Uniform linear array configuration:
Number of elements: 64
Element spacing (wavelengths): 0.5
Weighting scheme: kaiser
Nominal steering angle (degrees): -60
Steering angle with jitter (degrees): -58.597
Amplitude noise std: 0.05
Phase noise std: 0.05

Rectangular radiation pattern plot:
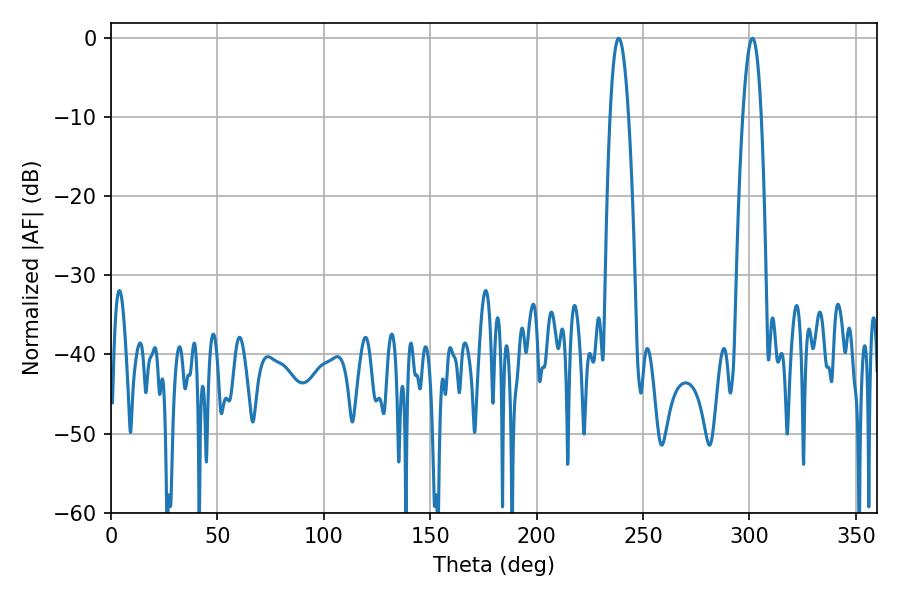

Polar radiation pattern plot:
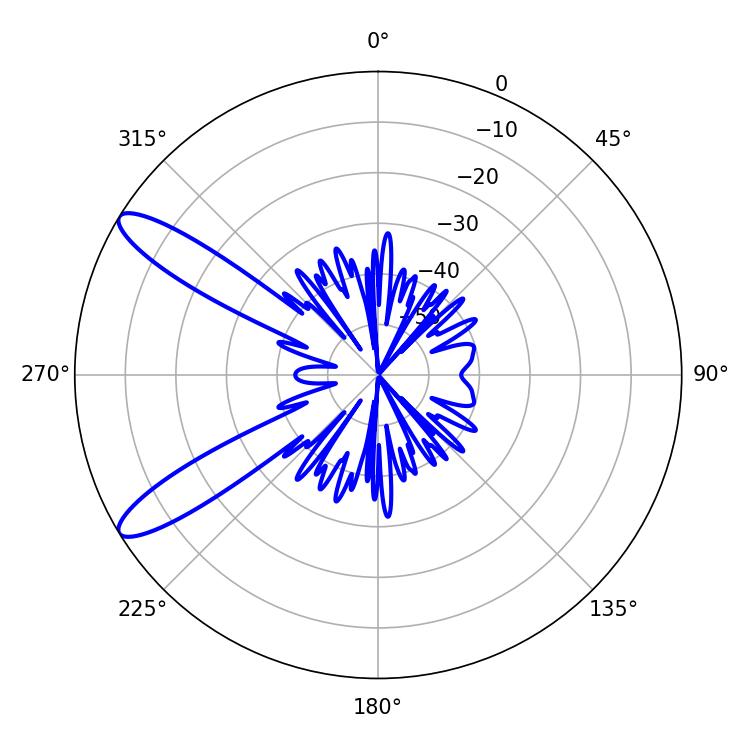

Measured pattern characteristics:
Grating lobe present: FALSE
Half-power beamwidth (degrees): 4.68
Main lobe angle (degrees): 238.5